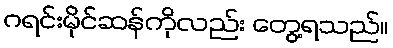
ဂရင်းမိုင်ဆန်ကိုလည်း တွေ့ရသည်။